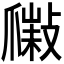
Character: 𤔮